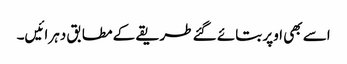
اسے بھی اوپر بتائے گئے طریقے کے مطابق دہرائیں۔